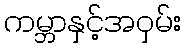
ကမ္ဘာနှင့်အဝှမ်း